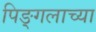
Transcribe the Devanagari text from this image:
पिङ्गलाच्या